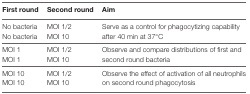
| First round | Second round | Aim |
 | --- | --- | --- |
 | No bacteria | MOI 1/2 | <ROWSPAN=2> Serve as a control for phagocytizing capability after 40 min at 37°C |
 | No bacteria | MOI 10 |
 | MOI 1 | MOI 1/2 | <ROWSPAN=2> Observe and compare distributions of first and second round bacteria |
 | MOI 1 | MOI 10 |
 | MOI 10 | MOI 1/2 | <ROWSPAN=2> Observe the effect of activation of all neutrophils on second round phagocytosis |
 | MOI 10 | MOI 10 |